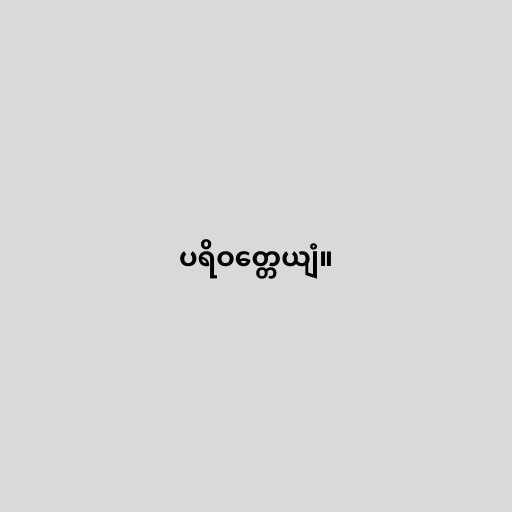
ပရိဝတ္တေယျံ။